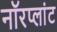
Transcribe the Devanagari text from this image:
नॉरप्लांट